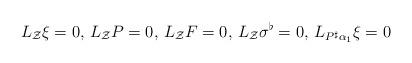
LaTeX: \begin{align*} L_{\mathcal{Z}}\mathcal{\xi}=0,\,L_{\mathcal{Z}}P=0,\, L_{\mathcal{Z}}F=0,\,L_{\mathcal{Z}}\sigma^{\flat}=0,\, L_{P^{\sharp}\alpha_1}\mathcal{\xi}=0 \end{align*}